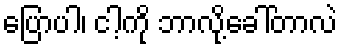
ပြောပါ၊ ငါ့ကို ဘာလို့ခေါ်တာလဲ